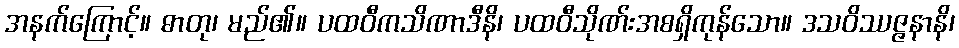
အနက်ကြောင့်။ ဓာတု၊ မည်၏။ ပထဝီကသိဏာဒီနိ၊ ပထဝီသိုဏ်းအစရှိကုန်သော။ ဒသဝိဿဇ္ဇနာနိ၊